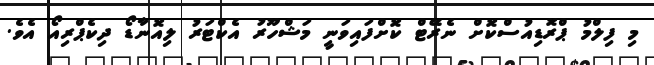
މި ފިލްމު ޕްރޮޑިއުސްކޮށް ނެރޭޓް ކޮށްފައިވަނީ މަޝްހޫރު އެކްޓަރު ލިއޮނާޑޯ ދިކެޕްރިއޯ އެވެ.